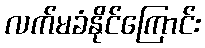
လက်မခံနိုင်ကြောင်း